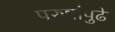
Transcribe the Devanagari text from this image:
पुरुषांपुढे